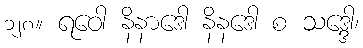
၁၂၈။ ရဝေါ နိနာဒေါ နိနဒေါ စ သဒ္ဒေါ၊